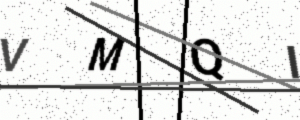
Text: VMQI